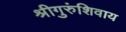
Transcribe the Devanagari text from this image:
श्रीगुरुंशिवाय